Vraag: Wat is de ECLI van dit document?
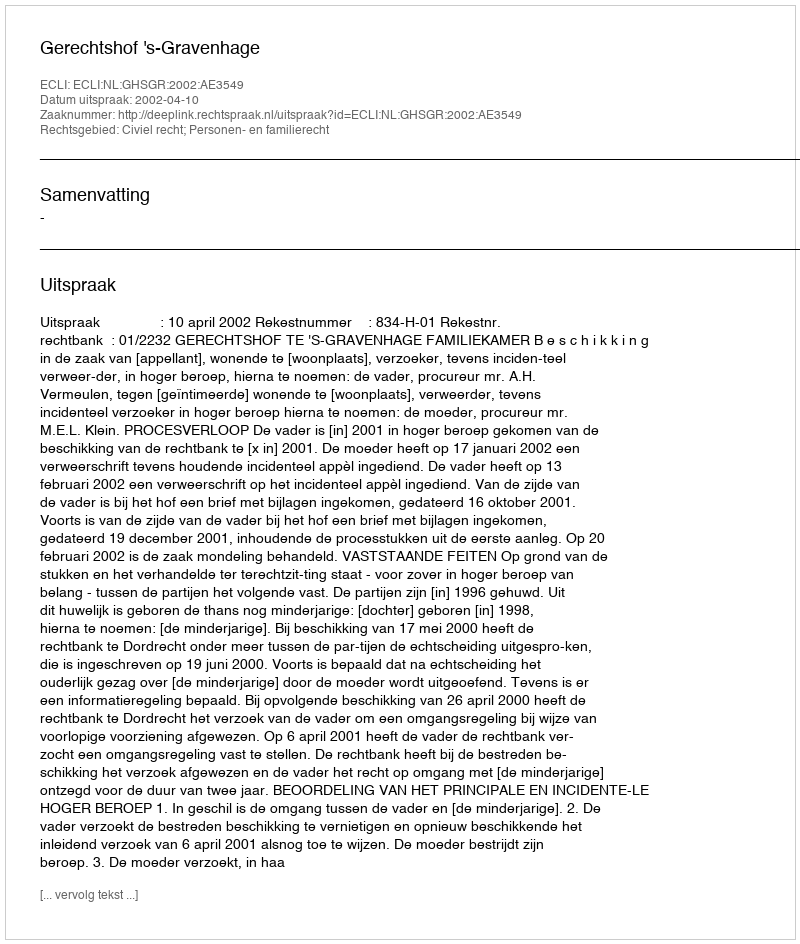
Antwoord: ECLI:NL:GHSGR:2002:AE3549